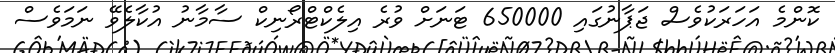
ކޮންމެ އަހަރަކުވެސް ޖަޕާނުގައި 650000 ޓަނަށް ވުރެ އިލެކްޓްރޯނިކް ސާމާނު އުކާލެވޭ ނަމަވެސް